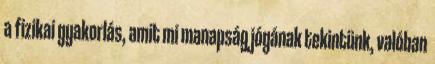
a fizikai gyakorlás, amit mi manapság jógának tekintünk, valóban